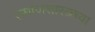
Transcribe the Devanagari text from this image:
समाजशास्त्रच्या